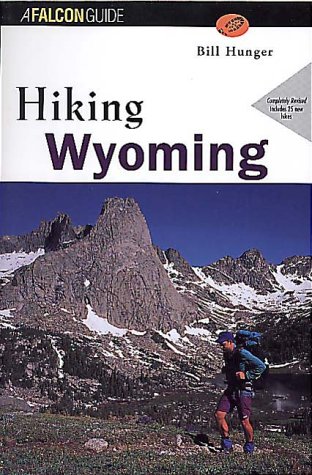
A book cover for Hiking Wyoming (rev) (State Hiking Series); Bill Hunger; Travel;